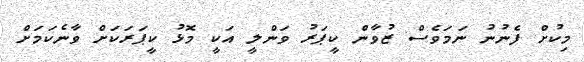
މިކުށް ފެނުނު ނަމަވެސް ޒުވާން ކީޕަރު ވަންލީ އަކީ މޮޅު ކީޕަރަކަށް ވާނެކަމަށް